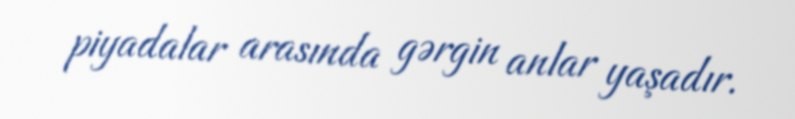
piyadalar arasında gərgin anlar yaşadır.